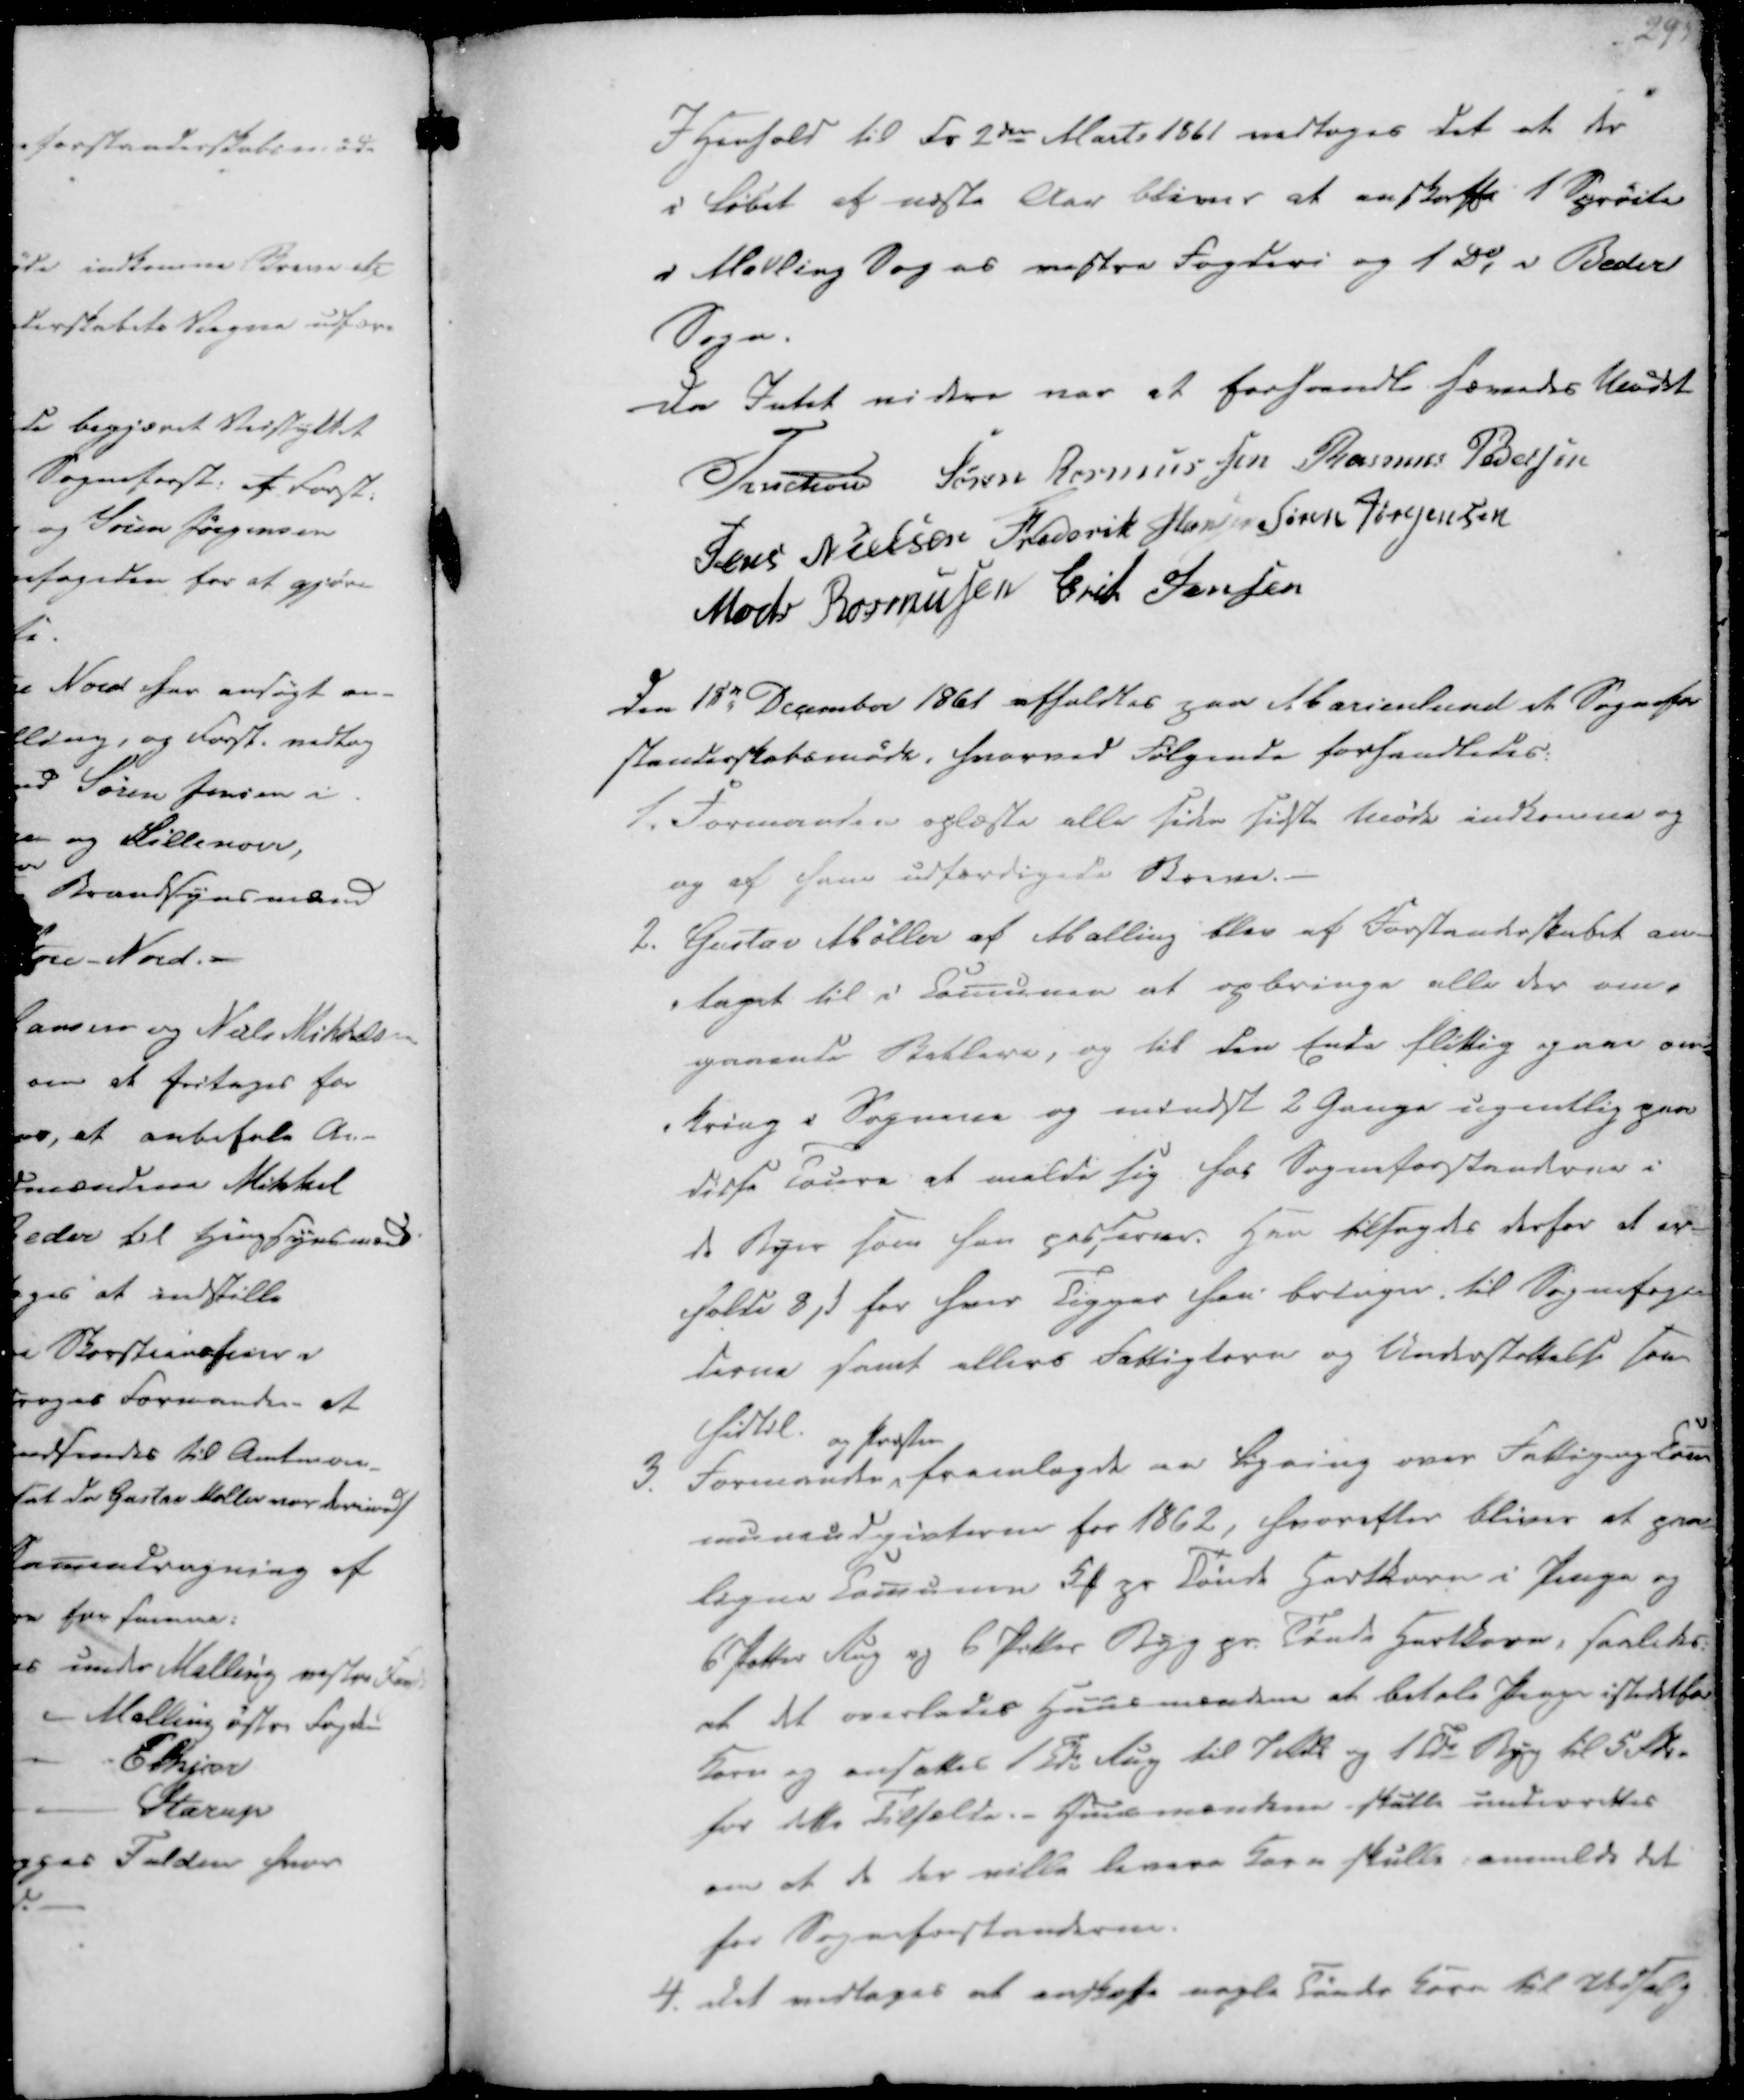
Transskription:
I Henhold til Fr 2den Marts 1861 vedtoges det at der
i Løbet af næste Aar bliver at anskaffe 1 Sprøite
i Malling Sogns vestre Fogderi og 1 Do i Beder
Sogn.

Da Intet videre var at forhandle hævedes Mødet
Treschov
Søren Rasmussen
Rasmus Pedersen
Jens Nielsen
Frederik Hansen
Søren Jørgensen
Mads Rasmussen
Erik Jensen

Den 18de December 1861 afholdtes paa Marienlund et Sognefor-
standerskabsmøde, hvorved Følgende forhandledes:

1. Formanden oplæste alle siden sidste Møde indkomne og
og af ham udfærdigede Breve.
2. Gustav Møller af Malling blev af Forstanderskabet an-
taget til i Comunen at opbringe alle der om-
gaaende Betlere, og til den Ende flittig gaae om-
-kring i Sognene og mindst 2 Gange ugentlig paa
disse Toure at melde sig hos Sogneforstanderne i
de Byer som han passerer. Han tilsagdes derfor at er-
holde 8 ẞ for hver Tigger han bringer til Sognefoge-
derne samt ellers Fattigtern og Understøttelse som
hidtil.

3. Formanden
og Præsten
fremlagde en Ligning over Fattigang Com-
muneudgivterne for 1862, hvorefter bliver at paa-
ligne Comunen 5 ₻ pr Tønde Hartkorn i Penge og
6 Potter Rug og 6 Potter Byg pr. Tønde Hartkorn, saaledes:
at det overlades Huusmændene at betale Penge istedetfor
Korn og ansættes 1 Tde Rug til 7 Rdr og 1 Tde Byg til 5 Rdr.
for dette Tilfælde.- Huusmændene skulle underrettes
om at de der ville levere Korn skulle anmelde det
for Sogneforstanderne.

4. Det vedtages at anskaffe nogle Tønder Korn til Udsalg